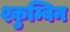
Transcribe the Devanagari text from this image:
श्कुम्बिन